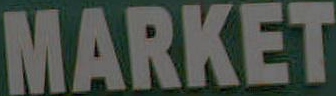
MARKET